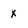
Character: x